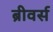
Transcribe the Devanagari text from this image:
ब्रीवर्स